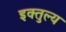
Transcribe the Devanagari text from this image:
इक्तुल्य